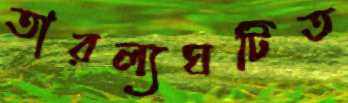
তারল্যঘটিত